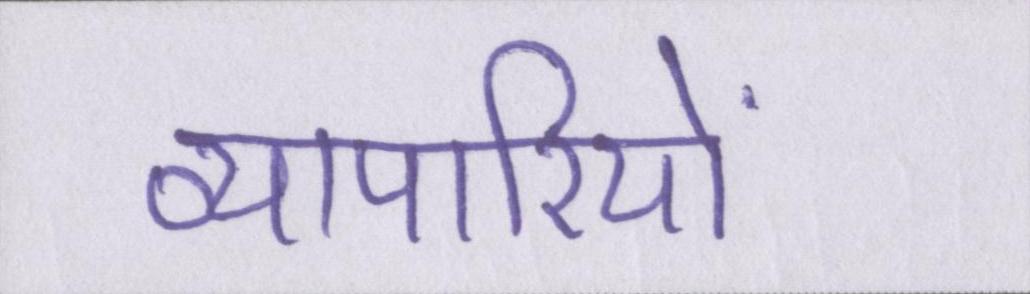
व्यापारियों